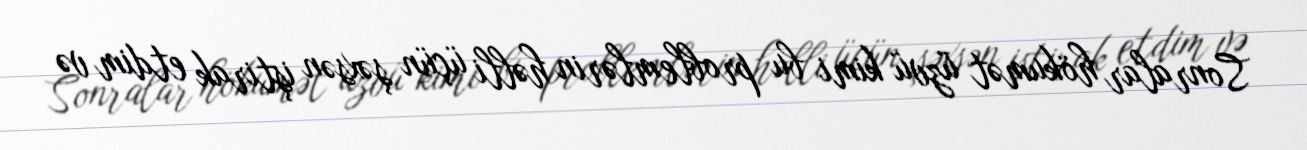
Sonralar hökumət üzvü kimi bu problemlərin həlli üçün şəxsən iştirak etdim və